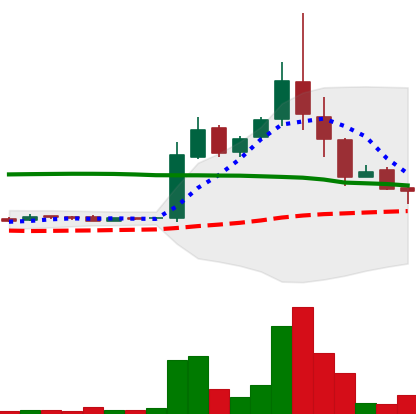
Ticker: LTC-USD
Chart end date: 2015-11-09
Forward return: -5.947%
Label: down_5_7